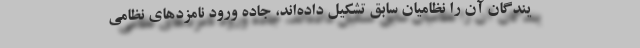
یندگان آن را نظامیان سابق تشکیل داده‌اند، جاده ورود نامزدهای نظامی